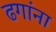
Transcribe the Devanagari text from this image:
ढगांना